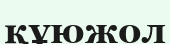
құюжол